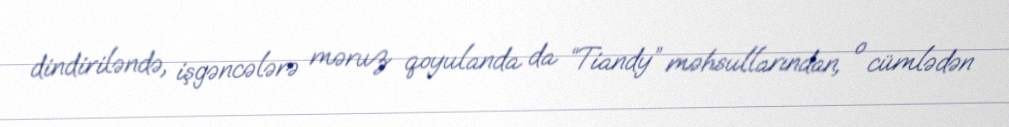
dindiriləndə, işgəncələrə məruz qoyulanda da “Tiandy” məhsullarından, o cümlədən